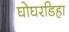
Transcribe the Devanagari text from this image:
घोघरडिहा